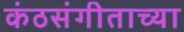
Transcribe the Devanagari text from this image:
कंठसंगीताच्या